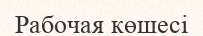
Рабочая көшесі